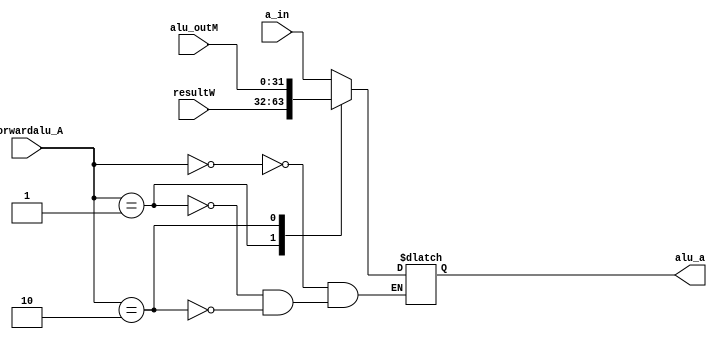
`timescale 1ns / 1ps
//////////////////////////////////////////////////////////////////////////////////
// Company: 
// Engineer: 
// 
// Design Name: 
// Module Name: MFA
// Project Name: 
// Target Devices: 
// Tool Versions: 
// Description: 
// 
// Dependencies: 
// 
// Revision:
// Revision 0.01 - File Created
// Additional Comments:
// 
//////////////////////////////////////////////////////////////////////////////////


module MFA(
    input[1:0] forwardalu_A,
    input[31:0] a_in,
    input[31:0] resultW ,
    input[31:0] alu_outM,
    output reg[31:0] alu_a
    );
    always @(*) begin
        case(forwardalu_A)
            2'b00: alu_a <= a_in;
            2'b01: alu_a <= resultW;//WEALU
            2'b10: alu_a <= alu_outM;//MEALU
        endcase
    end
    
endmodule